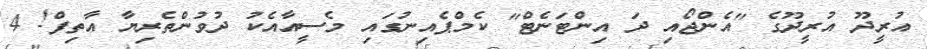
އުރީދޫ އުރީދޫގެ "އެންޖޯއި ދަ އިންޓަނެޓް" ކެމްޕެއިނުގައި މެސީއާއެކު ދުވުންތެރިޔާ އާތިފް! 4